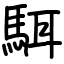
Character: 駬